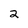
Character: 2